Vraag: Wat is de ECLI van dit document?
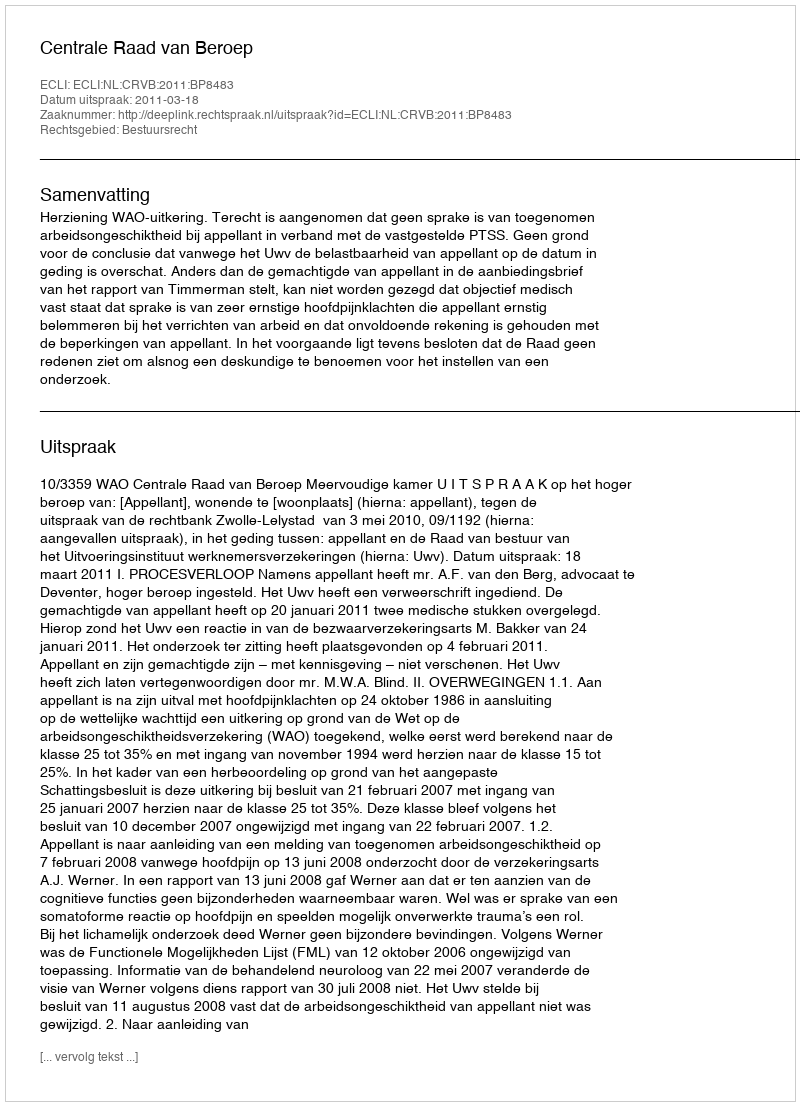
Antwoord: ECLI:NL:CRVB:2011:BP8483